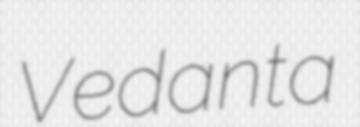
Vedanta